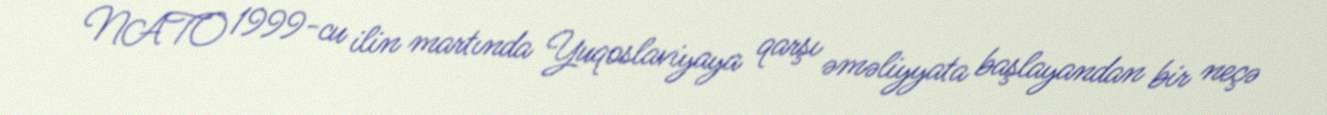
NATO 1999-cu ilin martında Yuqoslaviyaya qarşı əməliyyata başlayandan bir neçə